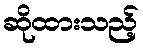
ဆိုထားသည့်